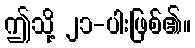
ဤသို့ ၂၁-ပါးဖြစ်၏။